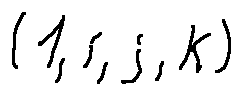
( 1 , i , j , k )